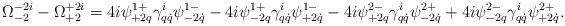
LaTeX: \begin{align*}\Omega^{-2i}_{-2}-\Omega^{+2i}_{+2}=4i\psi^{1+}_{+2q}\gamma^i_{q\dot q}\psi^{1-}_{-2\dot q}-4i\psi^{1+}_{-2q}\gamma^i_{q\dot q}\psi^{1-}_{+2\dot q}-4i\psi^{2-}_{+2q}\gamma^i_{q\dot q}\psi^{2+}_{-2\dot q}+4i\psi^{2-}_{-2q}\gamma^i_{q\dot q}\psi^{2+}_{+2\dot q}.\end{align*}